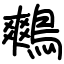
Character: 鷞